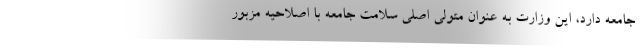
جامعه دارد، این وزارت به عنوان متولی اصلی سلامت جامعه با اصلاحیه مزبور